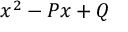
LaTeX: x ^ { 2 } - P x + Q